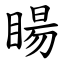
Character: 䁑